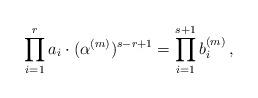
LaTeX: \begin{align*}\prod_{i=1}^ra_i\cdot(\alpha^{(m)})^{s-r+1}=\prod_{i=1}^{s+1}b_i^{(m)} \,,\end{align*}